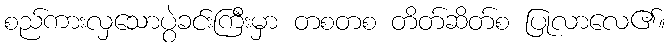
စည်ကားလှသောပွဲခင်းကြီးမှာ တစတစ တိတ်ဆိတ်စ ပြုလာလေ၏။